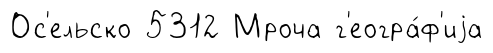
Ос'ельско 5312 Мроча г'еогра́ф'иjа